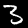
Label: 3